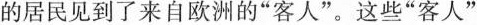
的居民见到了来自欧洲的”客人”。这些”客人”